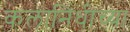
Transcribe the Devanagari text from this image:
कलानिधीच्या